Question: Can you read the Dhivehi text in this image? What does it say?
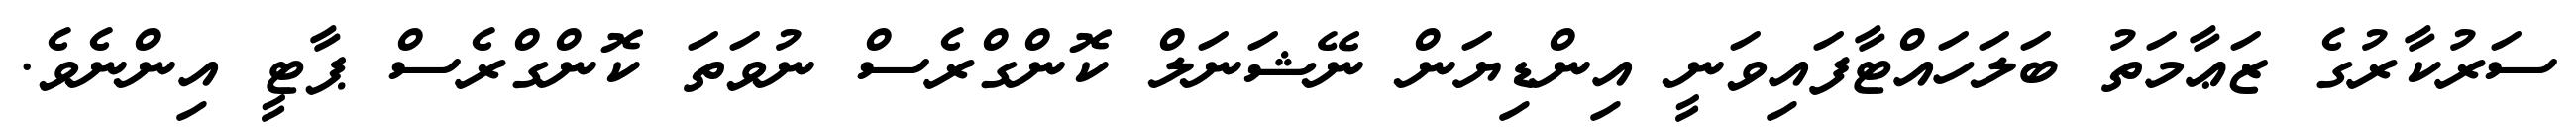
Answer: ސަރުކާރުގެ ޒަޢާމަތު ބަލަހައްޓާފައިވަނީ އިންޑިޔަން ނޭޝަނަލް ކޮންގްރެސް ނުވަތަ ކޮންގްރެސް ޕާޓީ އިންނެވެ.